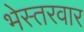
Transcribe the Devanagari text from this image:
भेस्तरवार